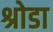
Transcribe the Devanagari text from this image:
श्रोडा